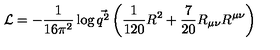
{ \cal L } = - { \frac { 1 } { 1 6 \pi ^ { 2 } } } \log \vec { q ^ { 2 } } \left( { \frac { 1 } { 1 2 0 } } R ^ { 2 } + { \frac { 7 } { 2 0 } } R _ { \mu \nu } R ^ { \mu \nu } \right)